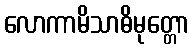
လောကာမိသာဓိမုတ္တော